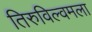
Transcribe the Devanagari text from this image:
तिरुविल्वमला